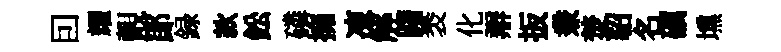
囙耀覿郞録款鈆磷擁凍解躇褁化辯扳兼焚貂名礪壎